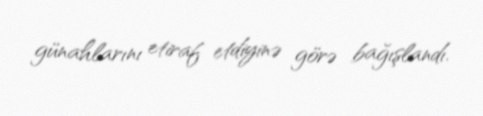
günahlarını etiraf etdiyinə görə bağışlandı.